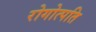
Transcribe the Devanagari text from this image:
रोगोत्पति